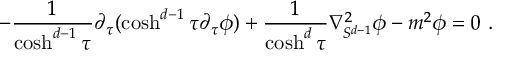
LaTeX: - \frac { 1 } { \cosh ^ { d - 1 } \tau } \partial _ { \tau } ( \cosh ^ { d - 1 } \tau \partial _ { \tau } \phi ) + \frac { 1 } { \cosh ^ { d } \tau } \nabla _ { S ^ { d - 1 } } ^ { 2 } \phi - m ^ { 2 } \phi = 0 \ .